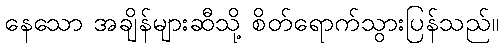
နေသော အချိန်များဆီသို့ စိတ်ရောက်သွားပြန်သည်။